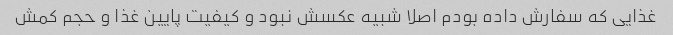
غذایی که سفارش داده بودم اصلا شبیه عکسش نبود و کیفیت پایین غذا و حجم کمش